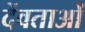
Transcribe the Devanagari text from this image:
देंवताओं